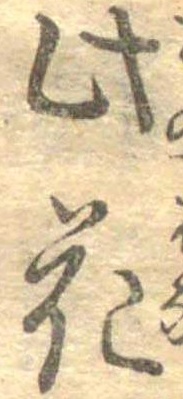
此花